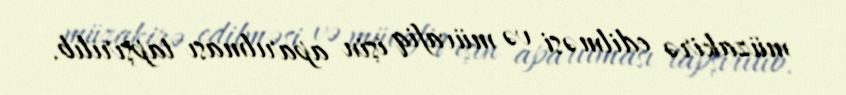
müzakirə edilməsi və müvafiq işin aparılması tapşırılıb.